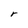
Character: r